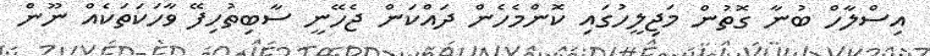
އިސްލާހް ބުނާ ގޮތުން މަޖިލީހުގައި ކޮންމެހެން ދައްކަން ޖެހޭނީ ސާބިތުހިފޭ ވާހަކަތަކެއް ނޫން